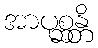
အာပုစ္ဆန္တိ